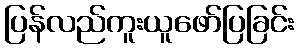
ပြန်လည်ကူးယူဖော်ပြခြင်း